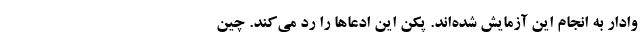
وادار به انجام این آزمایش شده‌اند. پکن این ادعاها را رد می‌کند. چین